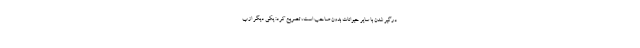
درگیر شدن با سایر حیوانات بدون صاحب است، تصریح کرد: یکی دیگر از ب